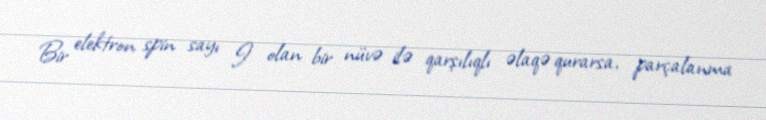
Bir elektron spin sayı I olan bir nüvə ilə qarşılıqlı əlaqə qurarsa, parçalanma